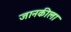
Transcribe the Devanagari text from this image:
जानकीला